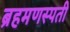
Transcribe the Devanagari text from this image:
ब्रहमणस्पती